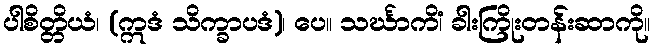
ပါစိတ္တိယံ၊ (ဣဒံ သိက္ခာပဒံ)၊ ပေ။ သင်္ဃာကိံ၊ ခါးကြိုးတန်းဆာကို။